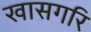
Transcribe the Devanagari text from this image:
खासगरि